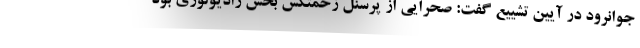
جوانرود در آیین تشییع گفت: صحرایی از پرسنل زحمتکش بخش رادیولوژی بود